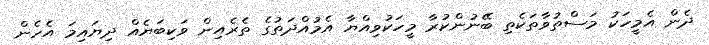
ދެން އެމީހަކު މަސްތުވާތަކެތި ބޭނުންކުރާ މީހަކުވިއްޔާ އެމުއްދަތުގެ ތެރެއިން ވަކިބަޔެއް ދިޔައިމަ އެހެން